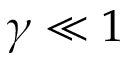
\gamma \ll 1